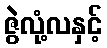
ဇွဲလုံ့လနှင့်